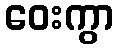
ဝေးကွာ